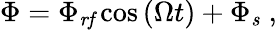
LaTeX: \Phi=\Phi_{\mathit{rf}}\cos\left(\Omega t\right)+\Phi_{\mathit{s}}\; ,